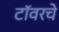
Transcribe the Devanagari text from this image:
टॉवरचे